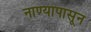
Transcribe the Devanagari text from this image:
नाण्यापासून